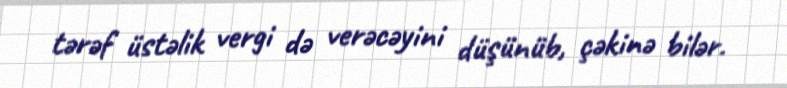
tərəf üstəlik vergi də verəcəyini düşünüb, çəkinə bilər.